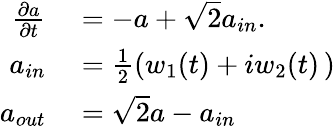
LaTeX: \begin{array}{rl}{\frac{\partial a}{\partial t}}&{{}=-a+\sqrt{2}a_{in}.}\\ {a_{in}}&{{}=\frac{1}{2}\left(w_{1}(t)+iw_{2}(t)\, \right)}\\ {a_{out}}&{{}=\sqrt{2}a-a_{in}}\end{array}